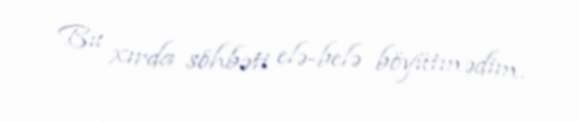
Bu xırda söhbəti elə-belə böyütmədim.